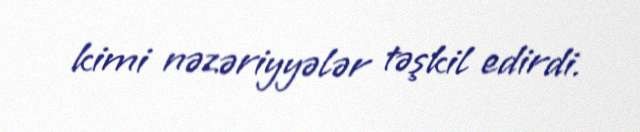
kimi nəzəriyyələr təşkil edirdi.